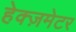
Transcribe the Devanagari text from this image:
हेक्ज़मेटर